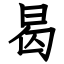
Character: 曷